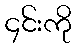
၄င်းကို